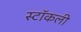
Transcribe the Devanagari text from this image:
स्टॉकली